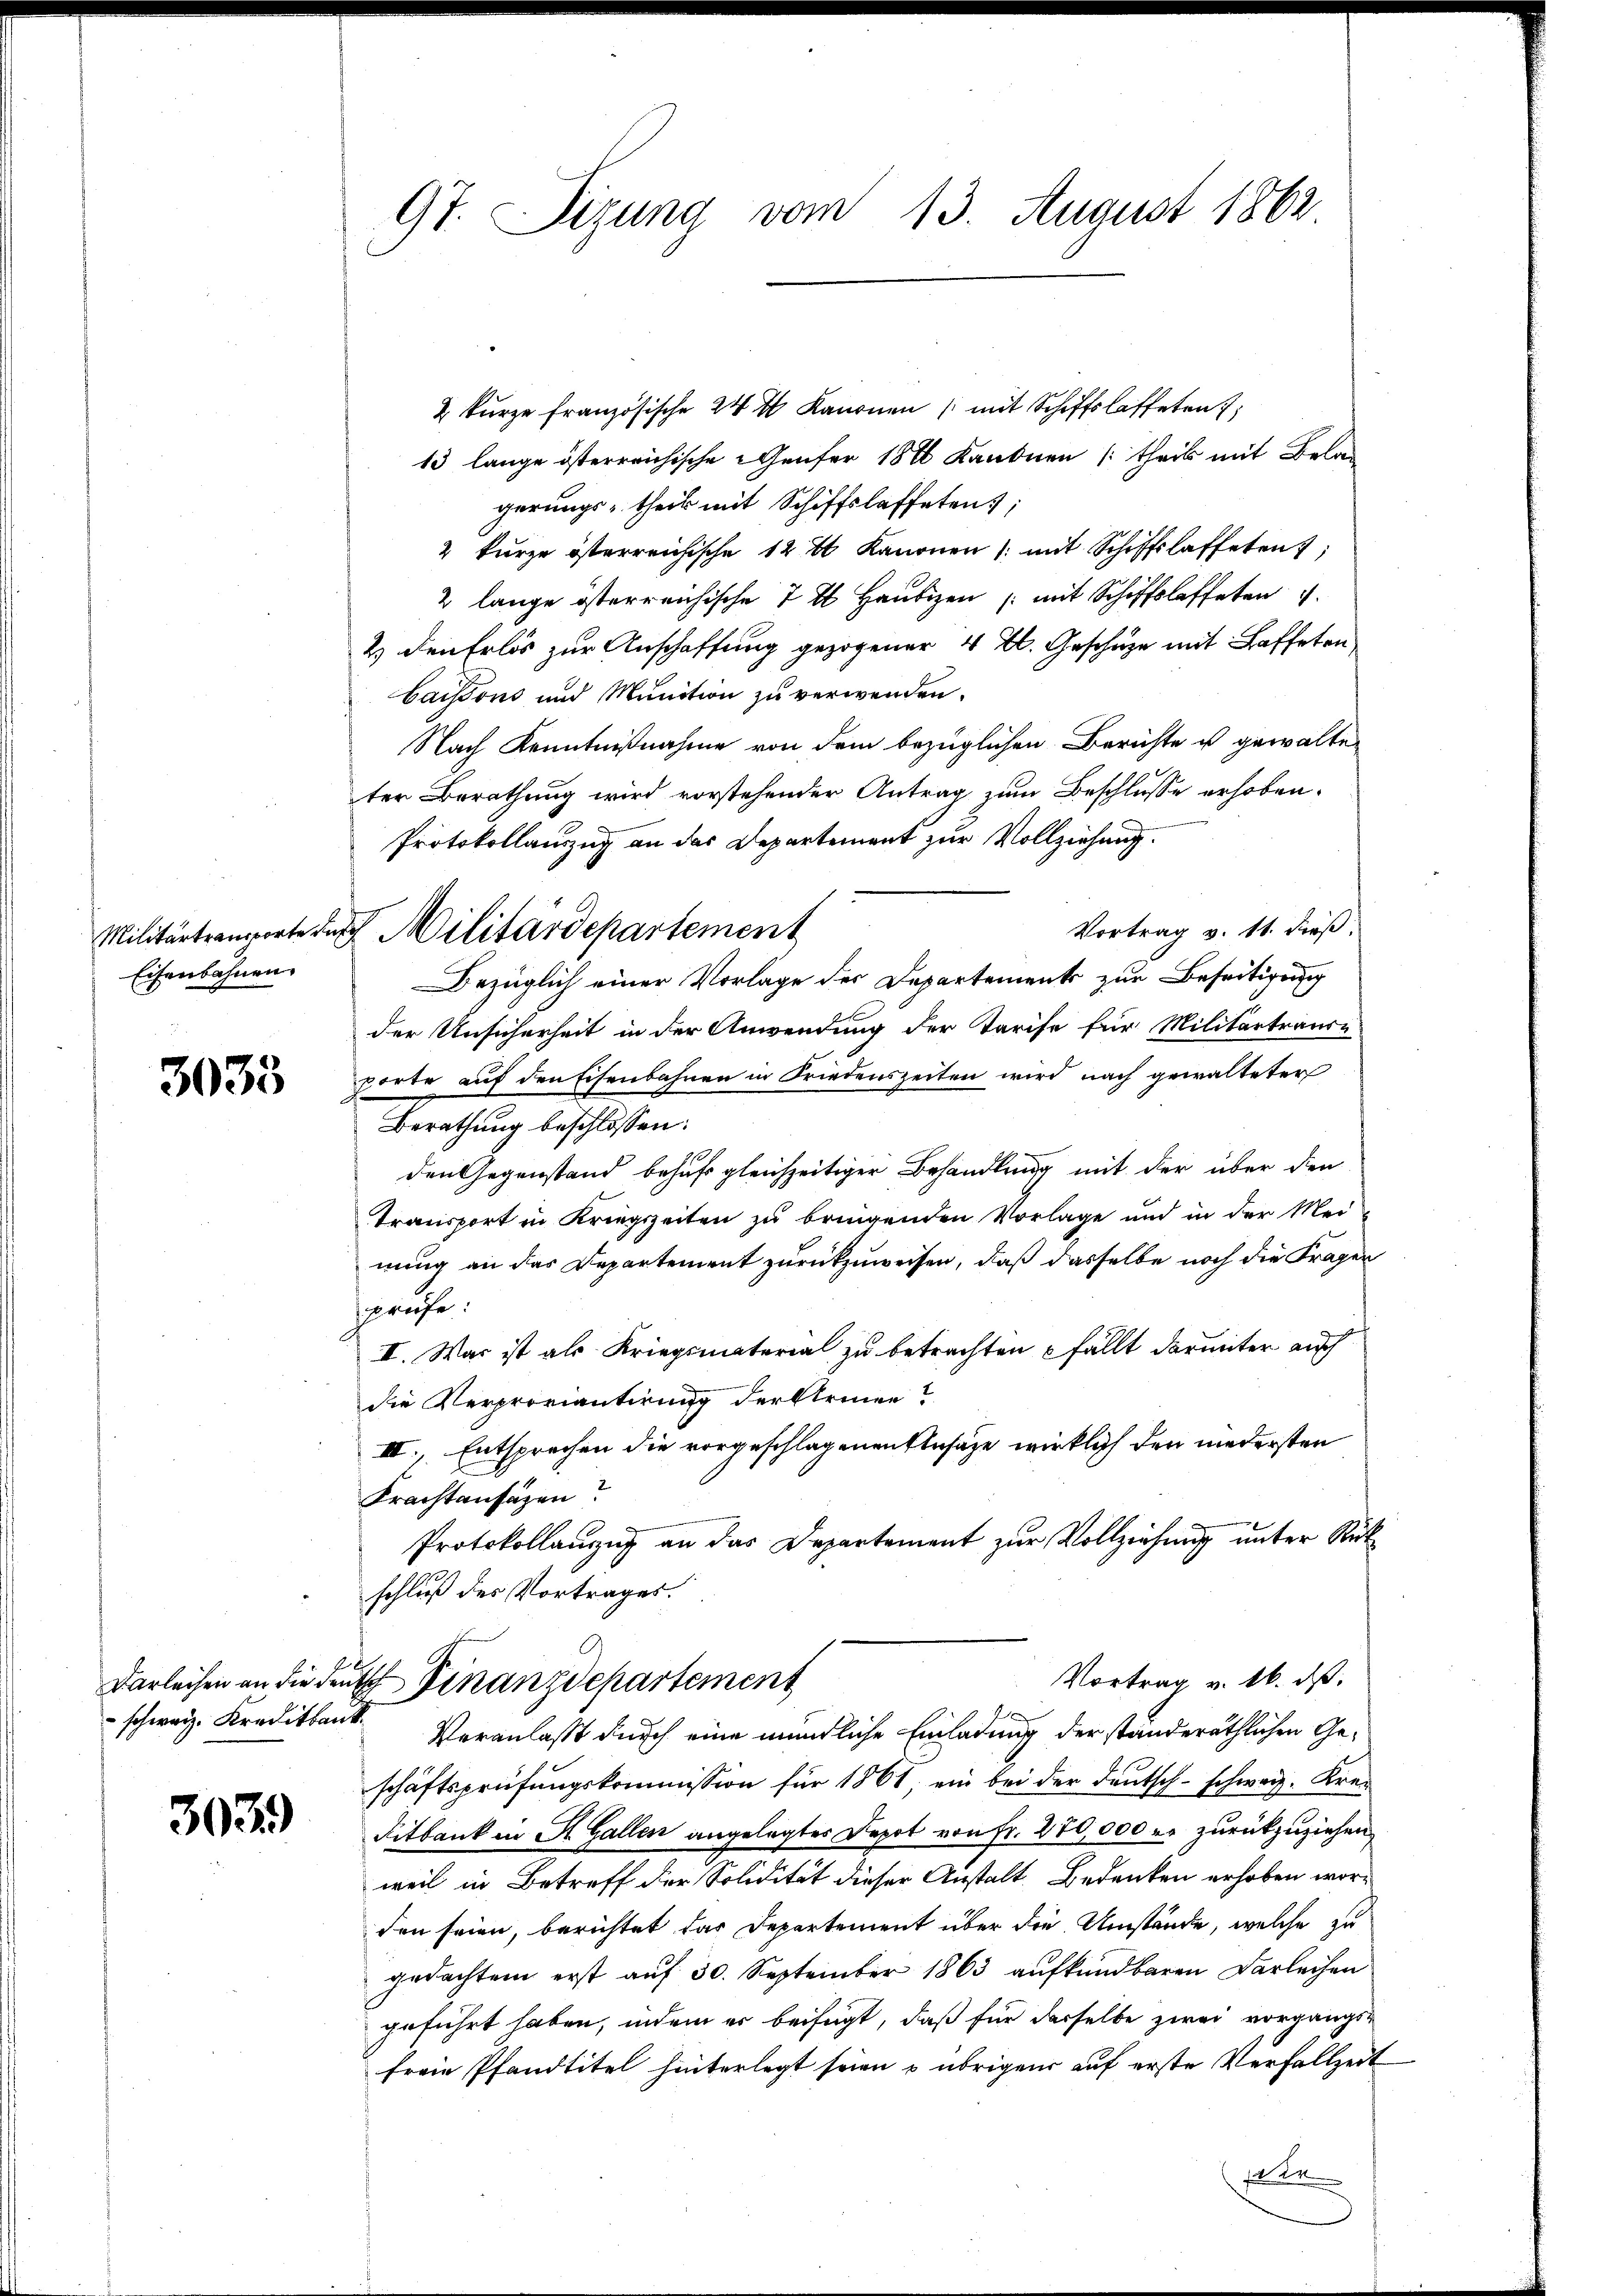
Militärtranworte un
Eisenbahnen.

3033

3039

9t. Sizung vom 13. August 1862.

2 kŭrze französische 244 Kanonen (mit Schiffslastetent
13 lange österreichische Genfer 1876 Kanonen (theil mit Bela
gerungs- theil mit Schiffslaffeten;
2 kurze österreichische 12 % Kanonen /: mit Schiffslaffetent
2 lange österreichische I 4 Haubigen (mit Schiffslaffeten 4.
2) den Erlös zur Anschaffung gezogener 4 l. Geschätze mit Laffeten,
baissons und Munition zu verwenden.
Nach Kenntnißnahme von dem bezüglichen Berichte ist gewalteter Berathung wird vorstehender Antrag zum Beschlusse erhoben.
Protokollauszug an das Departement zur Vollziehung.
Vortrag v. 11. dieß
Bezüglich einer Vorlage des Departements zur Beseitigung
der Unsicherheit in der Anwendung der Tarife für Militärtraus-
worte auf den Eisenbahnen in Friedenszeiten wird nach gewalteter
Berathung beschlossen:
den Gegenstand behufs gleichzeitiger Behandlung mit der über den
Transport in Kriegszeiten zu bringenden Vorlage und in der Mei-
nung an das Departement zurückzuweisen, daß dasselbe noch die Fragen
prüfe:
II. War ist als Kriegsmaterial zu betrachten fällt darunter auch
die Verproviantirung der Kleinen?
III., Entsprechen die vorgeschlagenen Ansätze wirklich den niedersten
Krachtansazen?
Protokollanzig an das Departement zur Vollziehung unter Rück
schluß des Vortrages.

4 Militärdepartement

x
Vortrag v. 16. ds.
Darleihen an die den Finanzdepartement

schweiz. Kreditkant. Veranlaßt durch eine mündliche Einladung der standeräthlichen Geschäftsprüfungskommission für 1861, ein bei der deutsch-schweiz. Krei
Fitbank in St. Gallen angelegtes Depot von Fr. 270,000 er zurückzuziehen
weil in Betreff der Solidität dieser Anstalt Bedenken erhoben worden seien, berichtet das Departement über die Umstände, welche zu
gedachtem erst auf 30. September 1863 aufkündbaren Darleihen
geführt haben, indem er beifügt, daß für derselbe zwei vorgangs-
freie Pfandtitel hinterlegt seien & übrigen auf erste Verfallzeit
s